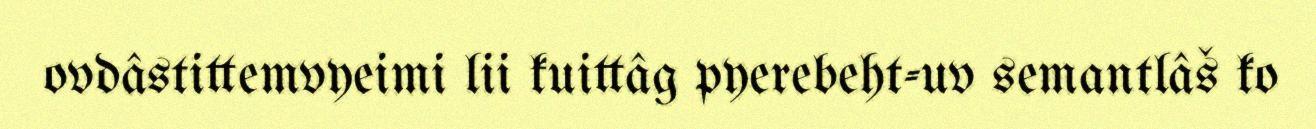
ovdâstittemvyeimi lii kuittâg pyerebeht-uv semantlâš ko